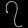
Digit: ၇